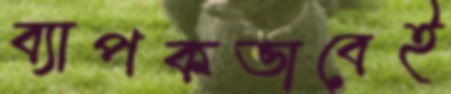
ব্যাপকভাবেই